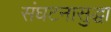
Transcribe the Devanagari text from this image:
संघटनासुद्धा